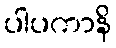
ပါပကာနိ